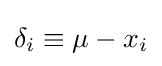
\delta _{i}\equiv \mu -x_{i}